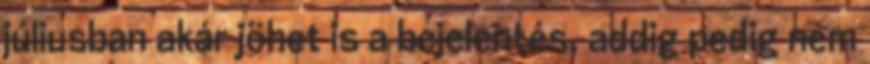
júliusban akár jöhet is a bejelentés, addig pedig nem